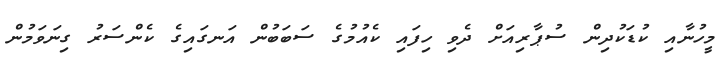
މީހުނާއި ކުޑަކުދިން ސުޕާރިއަށް ދެވި ހިފައި ކެއުމުގެ ސަބަބުން އަނގައިގެ ކެންސަރު ގިނަވަމުން